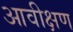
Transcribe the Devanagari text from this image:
आवीक्षण